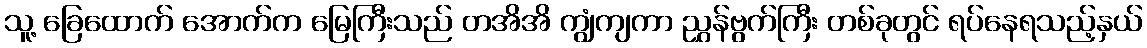
သူ့ ခြေထောက် အောက်က မြေကြီးသည် တအိအိ ကျွံကျကာ ညွှန်ဗွက်ကြီး တစ်ခုတွင် ရပ်နေရသည့်နှယ်